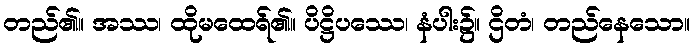
တည်၏။ အဿ၊ ထိုမထေရ်၏။ ပိဋ္ဌိပဿေ၊ နံပါး၌။ ဌိတံ၊ တည်နေသော။